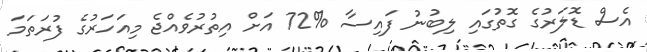
އެސް ޑޮލަރުގެ ގޮތުގައި ލިބުނު ފައިސާ %72 އަށް އިތުރުވެއްޖެ މިއަހަރުގެ ފުރަތަމަ